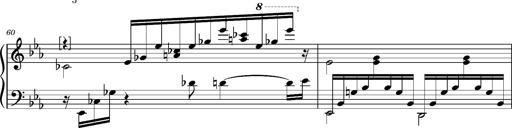
Title: PrÃ©ludes et Harmonies poÃ©tiques et religieuses
Composer: Franz Liszt